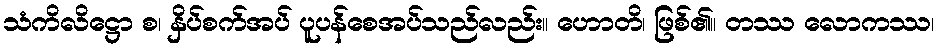
သံကိလိဋ္ဌော စ၊ နှိပ်စက်အပ် ပူပန်စေအပ်သည်လည်း။ ဟောတိ၊ ဖြစ်၏။ တဿ လောကဿ၊